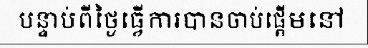
បន្ទាប់ពីថ្ងៃធ្វើការបានចាប់ផ្តើមនៅ